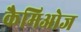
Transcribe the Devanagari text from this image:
कैमिओज